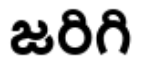
జరిగి